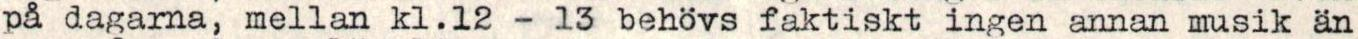
på dagarna, mellan kl.12 - 13 behövs faktiskt ingen annan musik än